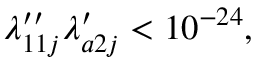
\lambda _ { 1 1 j } ^ { \prime \prime } \lambda _ { a 2 j } ^ { \prime } < 1 0 ^ { - 2 4 } ,